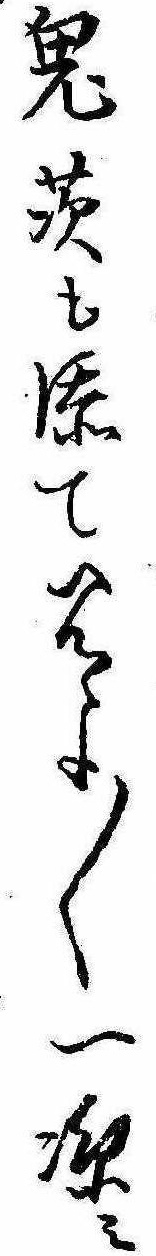
鬼茨も添て見よ〱一涼み